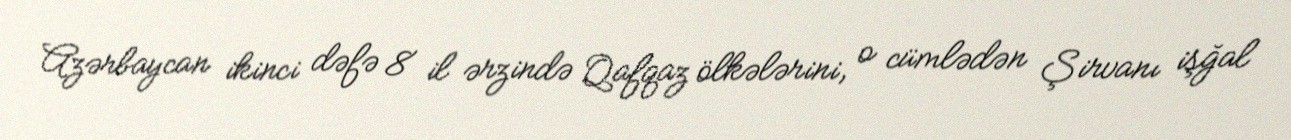
Azərbaycan ikinci dəfə 8 il ərzində Qafqaz ölkələrini, o cümlədən Şirvanı işğal